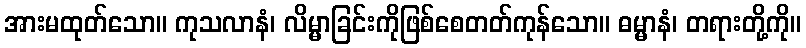
အားမထုတ်သော။ ကုသလာနံ၊ လိမ္မာခြင်းကိုဖြစ်စေတတ်ကုန်သော။ ဓမ္မာနံ၊ တရားတို့ကို။